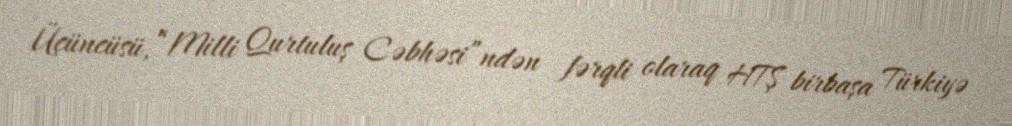
Üçüncüsü, “Milli Qurtuluş Cəbhəsi”ndən fərqli olaraq HTŞ birbaşa Türkiyə